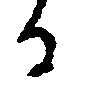
る